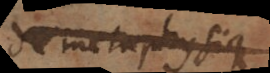
de metaphysique